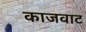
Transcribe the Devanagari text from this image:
काजवाट